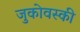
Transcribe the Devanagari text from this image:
जुकोवस्की